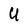
Character: U